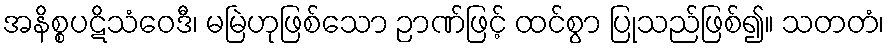
အနိစ္စပဋိသံဝေဒီ၊ မမြဲဟုဖြစ်သော ဉာဏ်ဖြင့် ထင်စွာ ပြုသည်ဖြစ်၍။ သတတံ၊